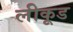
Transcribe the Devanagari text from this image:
लीकूड